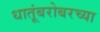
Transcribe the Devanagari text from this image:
धातूंबरोबरच्या